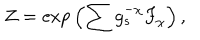
Z = \mathrm { e x p } \left( \sum g _ { s } ^ { - \chi } { F } _ { \chi } \right) ,